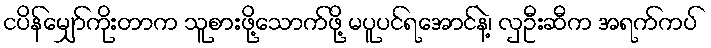
ငပိန်မျှော်ကိုးတာက သူစားဖို့သောက်ဖို့ မပူပင်ရအောင်နဲ့၊ လှဦးဆီက အရက်ကပ်